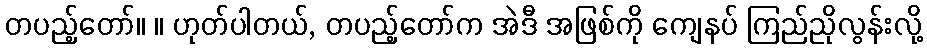
တပည့်တော်။ ။ ဟုတ်ပါတယ်, တပည့်တော်က အဲဒီ အဖြစ်ကို ကျေနပ် ကြည်ညိုလွန်းလို့